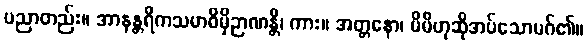
ပညာတည်း။ အာနန္တရိကသမာဓိမှိဉာဏန္တိ၊ ကား။ အတ္တနော၊ မိမိဟုဆိုအပ်သောမဂ်၏။